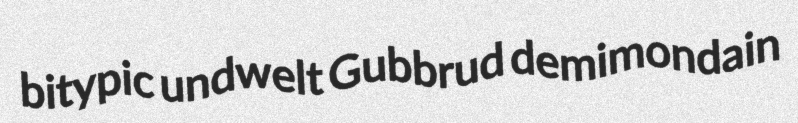
bitypic undwelt Gubbrud demimondain